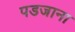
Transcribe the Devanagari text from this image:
पडजाना